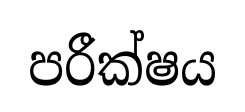
පරීක්ෂය